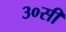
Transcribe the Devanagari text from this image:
३०सी